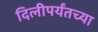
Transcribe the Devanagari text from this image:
दिलीपर्यंतच्या